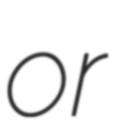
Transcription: or